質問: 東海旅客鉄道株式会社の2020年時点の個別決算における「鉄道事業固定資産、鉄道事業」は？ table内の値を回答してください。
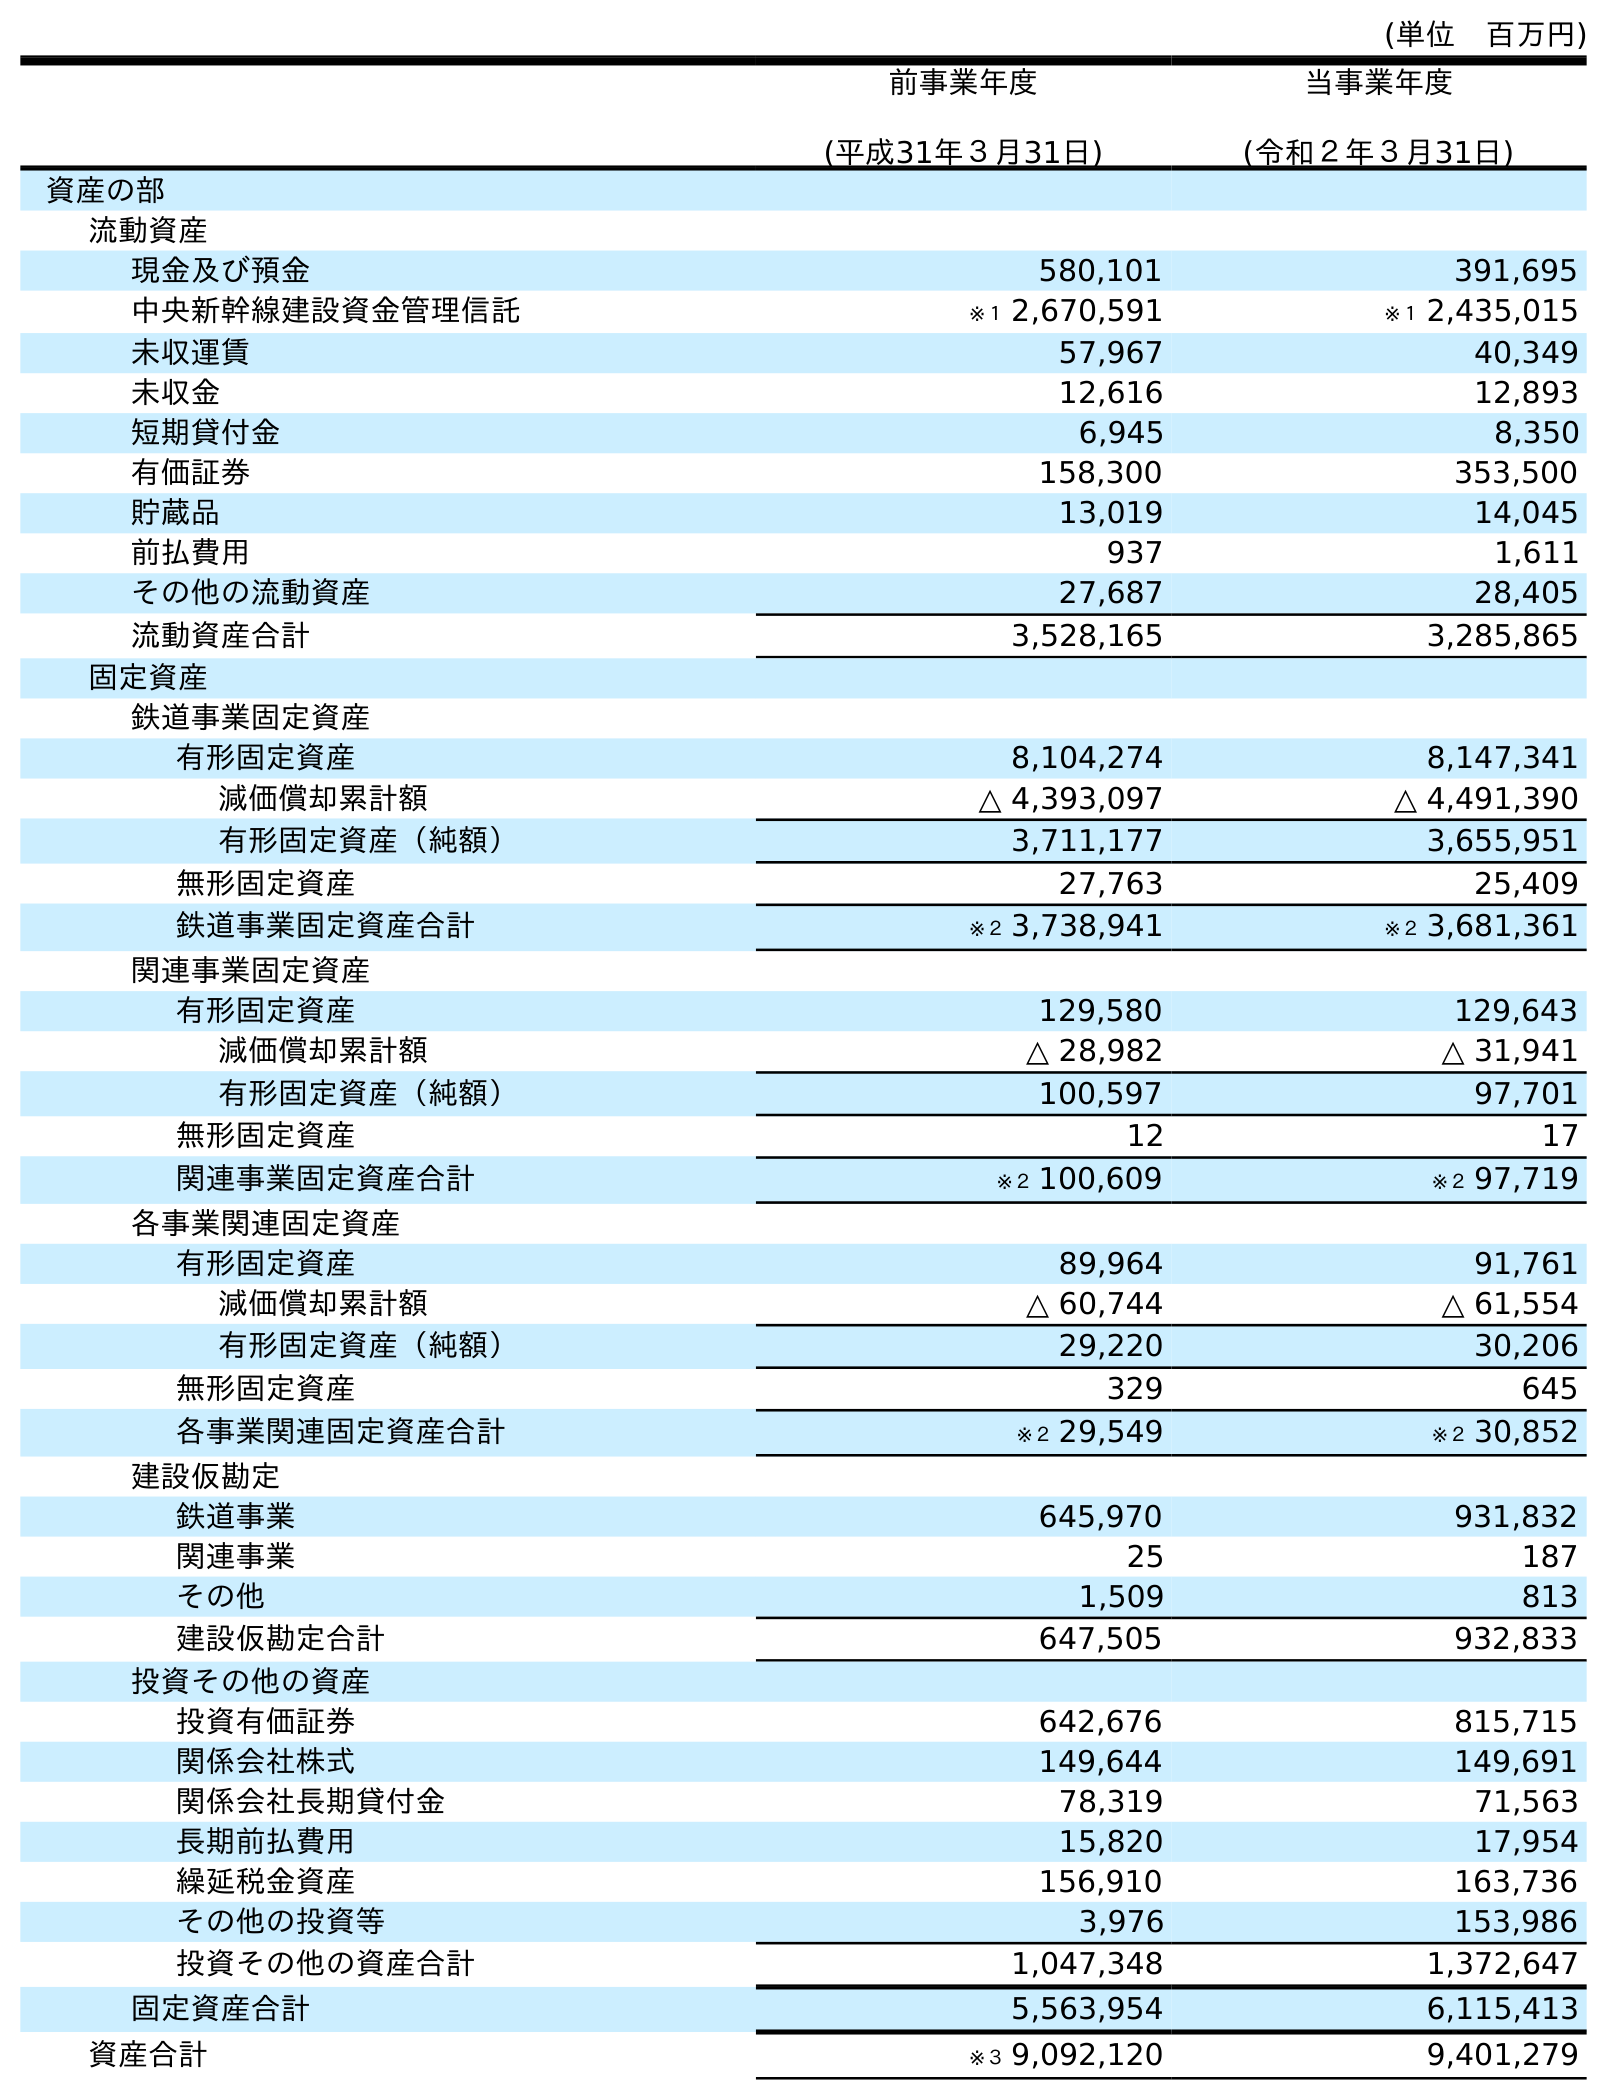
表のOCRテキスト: (単位 百万円) 前事業年度 (平成31年３月31日) 当事業年度 (令和２年３月31日) 資産の部 流動資産 現金及び預金 580,101 391,695 中央新幹線建設資金管理信託 ※１ 2,670,591 ※１ 2,435,015 未収運賃 57,967 40,349 未収金 12,616 12,893 短期貸付金 6,945 8,350 有価証券 158,300 353,500 貯蔵品 13,019 14,045 前払費用 937 1,611 その他の流動資産 27,687 28,405 流動資産合計 3,528,165 3,285,865 固定資産 鉄道事業固定資産 有形固定資産 8,104,274 8,147,341 減価償却累計額 △ 4,393,097 △ 4,491,390 有形固定資産（純額） 3,711,177 3,655,951 無形固定資産 27,763 25,409 鉄道事業固定資産合計 ※２ 3,738,941 ※２ 3,681,361 関連事業固定資産 有形固定資産 129,580 129,643 減価償却累計額 △ 28,982 △ 31,941 有形固定資産（純額） 100,597 97,701 無形固定資産 12 17 関連事業固定資産合計 ※２ 100,609 ※２ 97,719 各事業関連固定資産 有形固定資産 89,964 91,761 減価償却累計額 △ 60,744 △ 61,554 有形固定資産（純額） 29,220 30,206 無形固定資産 329 645 各事業関連固定資産合計 ※２ 29,549 ※２ 30,852 建設仮勘定 鉄道事業 645,970 931,832 関連事業 25 187 その他 1,509 813 建設仮勘定合計 647,505 932,833 投資その他の資産 投資有価証券 642,676 815,715 関係会社株式 149,644 149,691 関係会社長期貸付金 78,319 71,563 長期前払費用 15,820 17,954 繰延税金資産 156,910 163,736 その他の投資等 3,976 153,986 投資その他の資産合計 1,047,348 1,372,647 固定資産合計 5,563,954 6,115,413 資産合計 ※３ 9,092,120 9,401,279
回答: ※２3,681,361